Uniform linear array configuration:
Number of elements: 64
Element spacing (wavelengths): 0.5
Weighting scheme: hamming
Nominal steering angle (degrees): -60
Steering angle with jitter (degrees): -59.383
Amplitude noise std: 0.05
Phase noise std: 0.05

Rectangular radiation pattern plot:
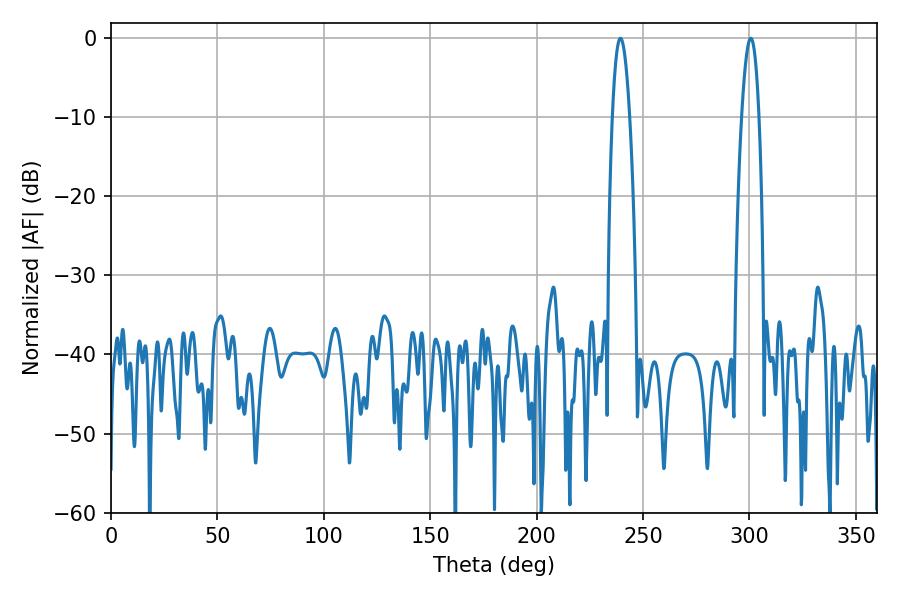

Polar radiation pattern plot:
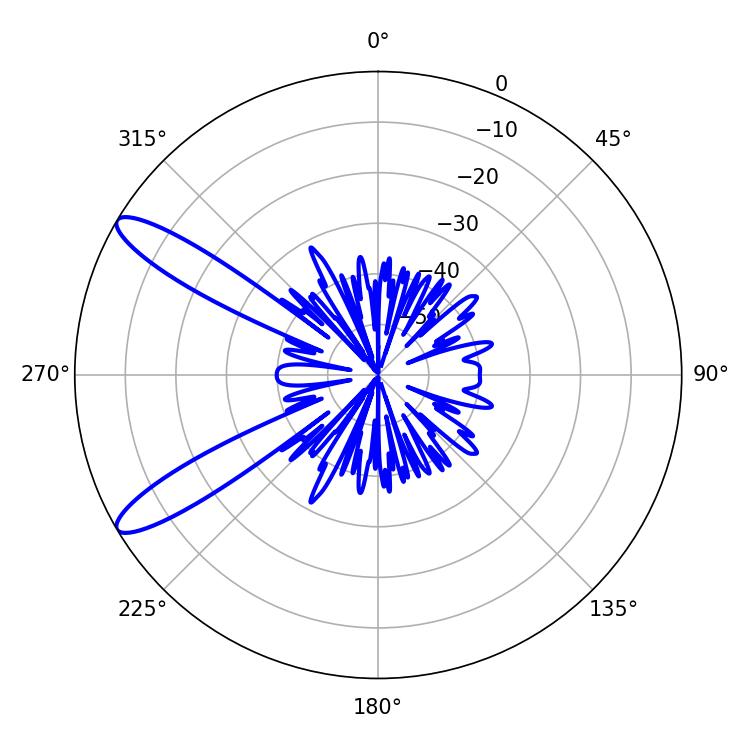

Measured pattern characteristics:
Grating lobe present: FALSE
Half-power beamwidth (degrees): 4.5
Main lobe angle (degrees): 300.6